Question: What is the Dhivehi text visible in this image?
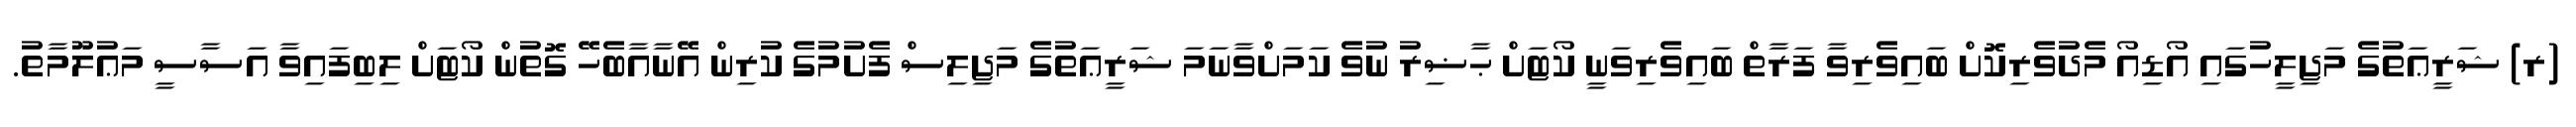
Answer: (ރ) ޝަރީޢަތުގެ މަޖިލީހުގައި އޯޑިއޯ މެދުވެރިކޮށް ބައިވެރިވާ ފަރާތް ބައިވެރިވަނީ ކޯޓަށް ޙާޟިރު ނުވެ ކަމަށްވާނަމަ ޝަރީޢަތުގެ މަޖިލިސް ފެށުމުގެ ކުރިން އޭނާއާބެހޭ ގޮތުން ކޯޓަށް ލިބިފައިވާ އަސާސީ މަޢުލޫމާތު.